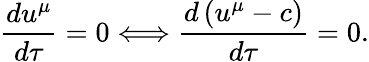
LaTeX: \frac{du^{\mu}}{d\tau}=0\Longleftrightarrow\frac{d\left(u^{\mu}-c\right)}{d\tau}=0.